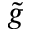
\tilde { g }